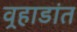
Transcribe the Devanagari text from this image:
वर्‍हाडांत